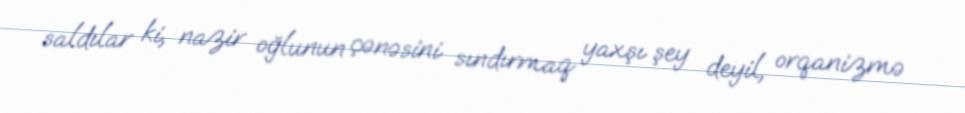
saldılar ki, nazir oğlunun çənəsini sındırmaq yaxşı şey deyil, orqanizmə